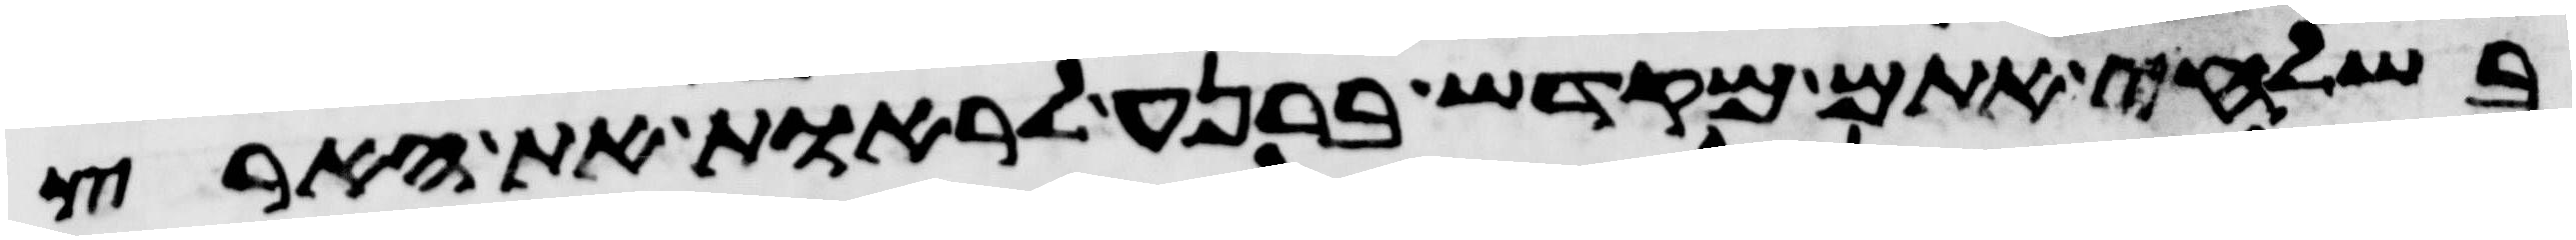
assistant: בשלחי אתם מקדש ברנע לראות את הארץ